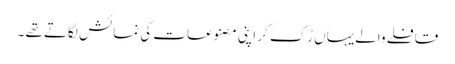
قافلے والےیہاں رُک کر اپنی مصنوعات کی نمائش لگاتے تھے ۔